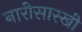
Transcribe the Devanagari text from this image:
नारीसारखी